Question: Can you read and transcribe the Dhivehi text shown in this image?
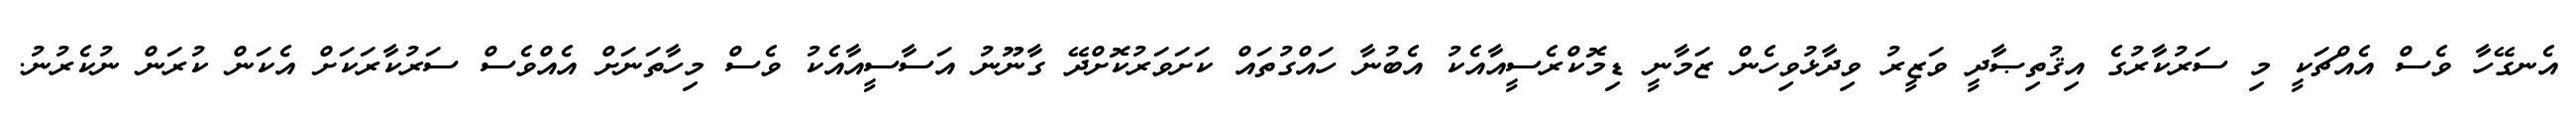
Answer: އެނގޭހާ ވެސް އެއްޗަކީ މި ސަރުކާރުގެ އިޤުތިޞާދީ ވަޒީރު ވިދާޅުވިހެން ޒަމާނީ ޑިމޮކްރެސީއާއެކު އެބުނާ ހައްގުތައް ކަށަވަރުކޮށްދޭ ގާނޫނު އަސާސީއާއެކު ވެސް މިހާތަނަށް އެއްވެސް ސަރުކާރަކަށް އެކަން ކުރަން ނުކެރުނު.